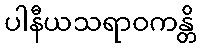
ပါနီယသရာဝကန္တိ